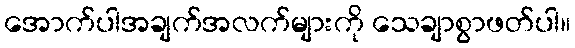
အောက်ပါအချက်အလက်များကို သေချာစွာဖတ်ပါ။